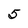
Character: 5